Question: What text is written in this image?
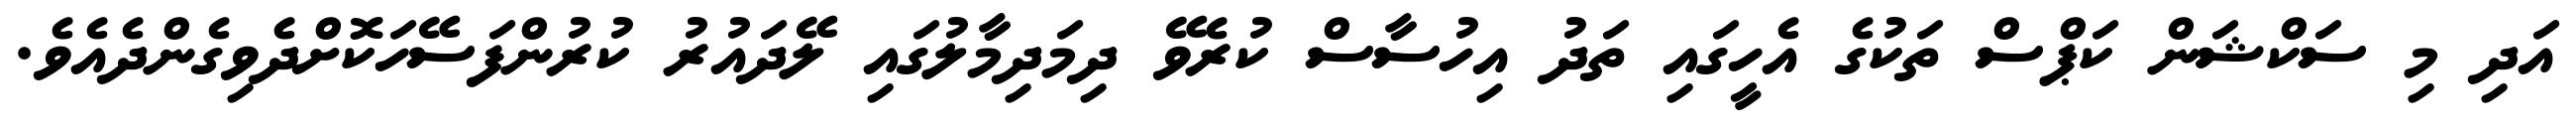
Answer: އަދި މި ސަކްޝަން ކަޕްސް ތަކުގެ އެހީގައި ތަދު އިހުސާސް ކުރެވޭ ދިމަދިމާލުގައި ލޭދައުރު ކުރުންފަސޭހަކޮށްދެވިގެންދެއެވެ.